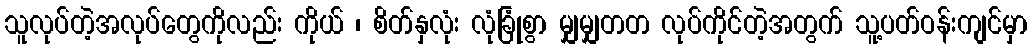
သူလုပ်တဲ့အလုပ်တွေကိုလည်း ကိုယ် ၊ စိတ်နှလုံး လုံခြုံစွာ မျှမျှတတ လုပ်ကိုင်တဲ့အတွက် သူ့ပတ်ဝန်းကျင်မှာ